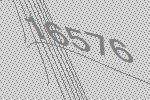
16576